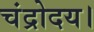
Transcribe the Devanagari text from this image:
चंद्रोदय।